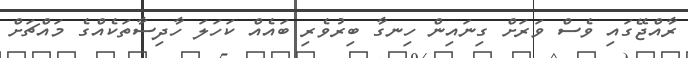
ރާއްޖޭގައި ވެސް ވަރަށް ގިނައިން ހިނގާ ބިރުވެރި ބައެއް ކަހަލަ ހާދިސާތަކެއްގެ މައްޗަށް